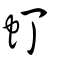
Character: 虰